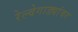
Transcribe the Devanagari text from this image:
रेल्वेगाड्यांवर